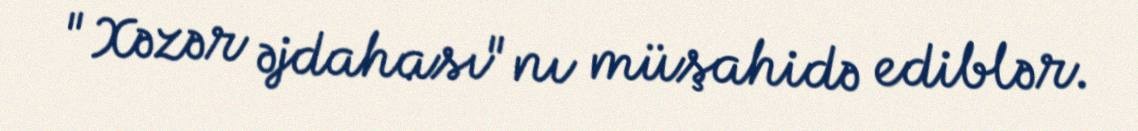
"Xəzər əjdahası"nı müşahidə ediblər.